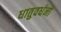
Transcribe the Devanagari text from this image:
धातुवर्धनी